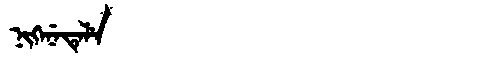
Manchu: ᠨᡳᡴᡝᠨᡝᡨᡝᠯᡝ
Romanization: NIKENETELE